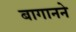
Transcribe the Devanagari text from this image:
बागानने